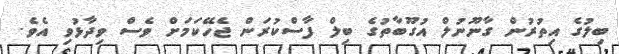
ބިލުގެ އިތުރުން ގާނޫނުލް އުގޫބާތުގެ ބިލް ފާސްކުރަން ޖެހޭކަމަށް ވެސް ވިދާޅުވި އެވެ.